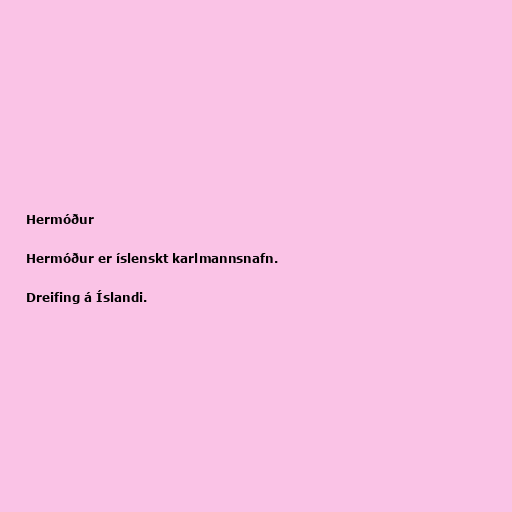
Hermóður

Hermóður er íslenskt karlmannsnafn.

Dreifing á Íslandi.